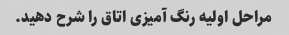
مراحل اولیه رنگ آمیزی اتاق را شرح دهید.